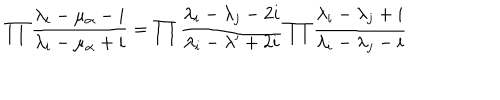
LaTeX: \prod { \frac { \lambda _ { i } - \mu _ { \alpha } - i } { \lambda _ { i } - \mu _ { \alpha } + i } } = \prod { \frac { \lambda _ { i } - \lambda _ { j } - 2 i } { \lambda _ { i } - \lambda ^ { \prime } + 2 i } } \prod { \frac { \lambda _ { i } - \lambda _ { j } + i } { \lambda _ { i } - \lambda _ { j } - i } }